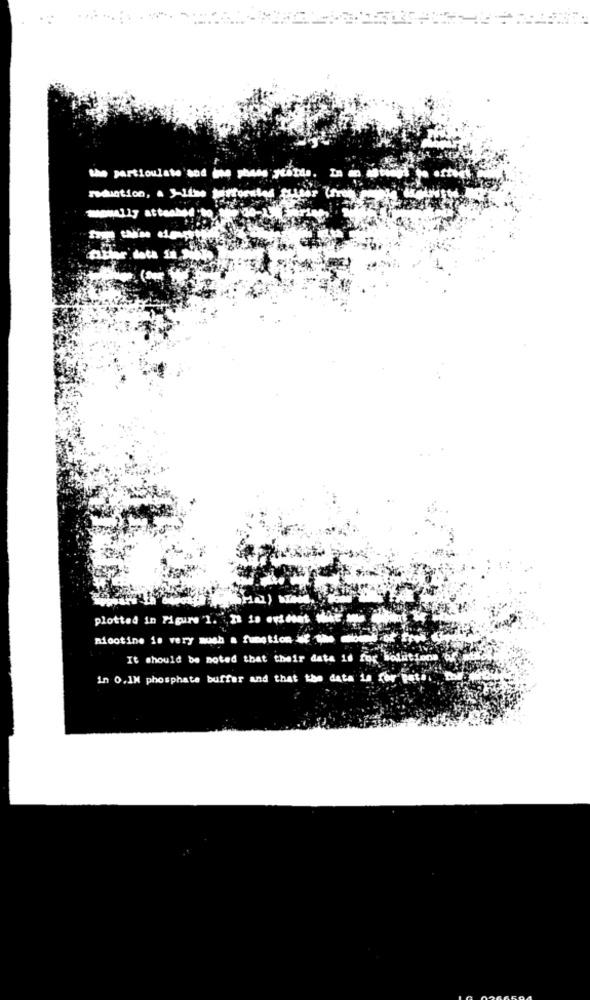
the particulate and ise phase ytarda. In an
reduction, a J-Line juirforstod
plotted in Figure 'I. It is evident wht
nicotine is very much a function at the most of fr
It should be noted that their data is for solutions of
in 0.IM phosphate buffer and that the data is for pati, to